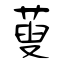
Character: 蓃